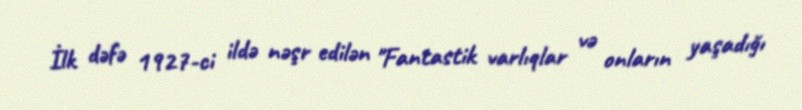
İlk dəfə 1927-ci ildə nəşr edilən "Fantastik varlıqlar və onların yaşadığı